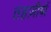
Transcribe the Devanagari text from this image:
तहज़ीबों